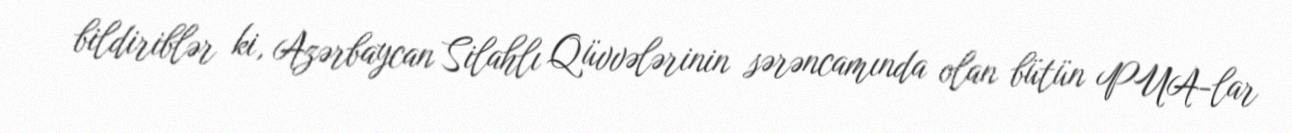
bildiriblər ki, Azərbaycan Silahlı Qüvvələrinin sərəncamında olan bütün PUA-lar